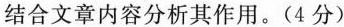
结合文章内容分析其作用。（4分）